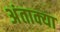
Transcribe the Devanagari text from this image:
अंताक्या